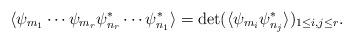
LaTeX: \begin{align*}\langle \psi_{m_1}\cdots\psi_{m_{r}}\psi^\ast_{n_r}\cdots\psi^\ast_{n_{1}}\rangle=\det(\langle \psi_{m_i}\psi^\ast_{n_j} \rangle)_{1\leq i,j\leq r}.\end{align*}